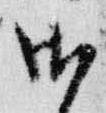
御